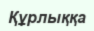
Құрлыққа